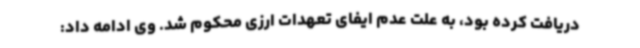
دریافت کرده بود، به علت عدم ایفای تعهدات ارزی محکوم شد. وی ادامه داد: